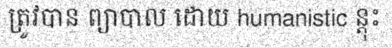
ត្រូវបាន ព្យាបាល ដោយ humanistic ន្តុះ